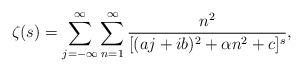
LaTeX: \begin{align*}\zeta(s) = \sum_{j = -\infty}^{\infty}\sum_{n = 1}^{\infty}{n^2 \over [(aj + ib)^2 + \alpha n^2 + c]^s}, \end{align*}